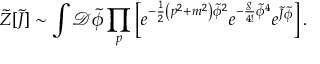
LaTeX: { \widetilde { Z } } [ { \widetilde { J } } ] \sim \int { \mathcal { D } } { \widetilde { \phi } } \prod _ { p } \left[ e ^ { - { \frac { 1 } { 2 } } \left( p ^ { 2 } + m ^ { 2 } \right) { \widetilde { \phi } } ^ { 2 } } e ^ { - { \frac { g } { 4 ! } } { \widetilde { \phi } } ^ { 4 } } e ^ { { \widetilde { J } } { \widetilde { \phi } } } \right] .